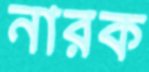
নারক